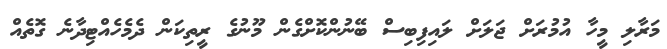
މަރާލި މީހާ އުމުރަށް ޖަލަށް ލައިފިބިސް ބޭނުންކޮށްގެން މޫނުގެ ރީތިކަން ދެމެހެއްޓިދާނެ ގޮތެއް